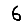
Digit: 6